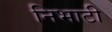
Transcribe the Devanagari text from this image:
निभाटी